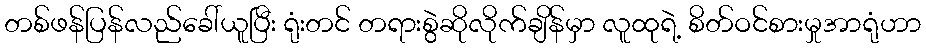
တစ်ဖန်ပြန်လည်ခေါ်ယူပြီး ရုံးတင် တရားစွဲဆိုလိုက်ချိန်မှာ လူထုရဲ့ စိတ်ဝင်စားမှုအာရုံဟာ